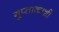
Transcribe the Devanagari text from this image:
गुप्‍ताकाशी